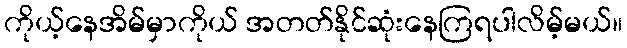
ကိုယ့်နေအိမ်မှာကိုယ် အတတ်နိုင်ဆုံးနေကြရပါလိမ့်မယ်။